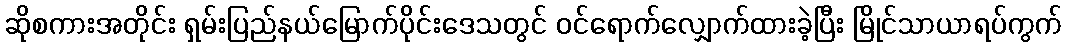
ဆိုစကားအတိုင်း ရှမ်းပြည်နယ်မြောက်ပိုင်းဒေသတွင် ဝင်ရောက်လျှောက်ထားခဲ့ပြီး မြိုင်သာယာရပ်ကွက်